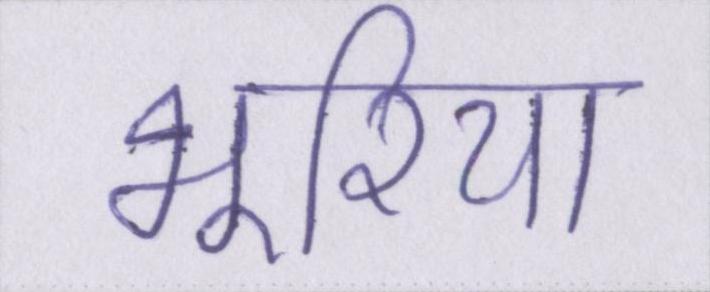
भूरिया